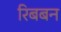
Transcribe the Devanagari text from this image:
रिबबन